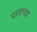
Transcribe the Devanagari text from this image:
पालच्या